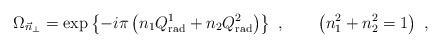
LaTeX: \begin{align*}\Omega_{\vec{n}_{\bot}} = \exp \left\{ -i\pi \left( n_1 Q_{\rm rad}^1+ n_2 Q_{\rm rad}^2 \right) \right\} \ , \qquad\left( n_1^2+n_2^2=1 \right) \ ,\end{align*}